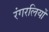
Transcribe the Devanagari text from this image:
रंगरलियों